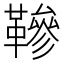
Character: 𩌰